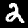
Digit: 2